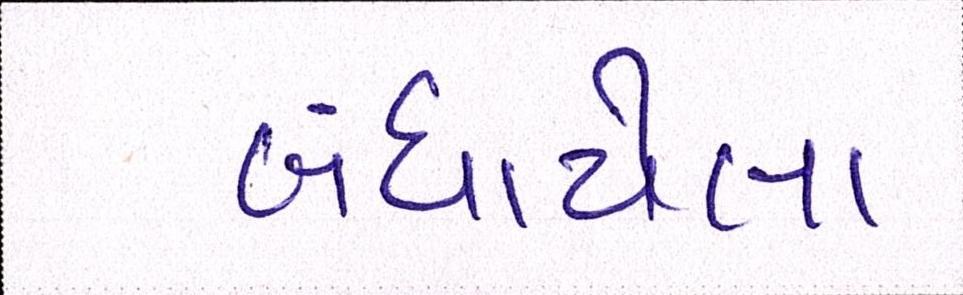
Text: બંધાયેલા